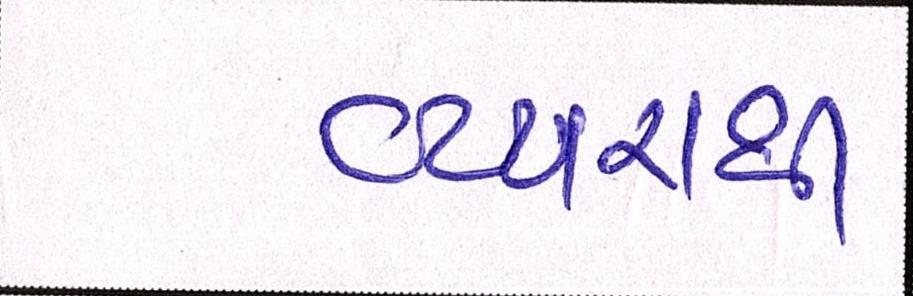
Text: વ્યારાથી